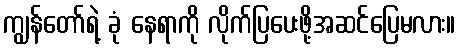
ကျွန်တော်ရဲ့ ခုံ နေရာကို လိုက်ပြပေးဖို့အဆင်ပြေမလား။